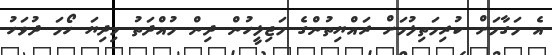
އެ މަގާމަށް ކުރިމަތިލުމަށް ރައްޔިތުންގެ މަޖިލީހުން ދިން މުއްދަތު މިދިޔަ ހޯމަ ދުވަހު